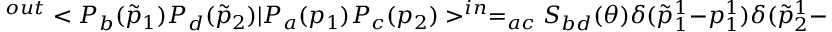
^ { o u t } < P _ { b } ( \tilde { p } _ { 1 } ) P _ { d } ( \tilde { p } _ { 2 } ) | P _ { a } ( p _ { 1 } ) P _ { c } ( p _ { 2 } ) > ^ { i n } = _ { a c } S _ { b d } ( \theta ) \delta ( \tilde { p } _ { 1 } ^ { 1 } - p _ { 1 } ^ { 1 } ) \delta ( \tilde { p } _ { 2 } ^ { 1 } - p _ { 2 } ^ { 1 } ) - _ { a c } S _ { d b } ( \theta ) \delta ( \tilde { p } _ { 1 } ^ { 1 } - p _ { 2 } ^ { 1 } ) \delta ( \tilde { p } _ { 2 } ^ { 1 } - p _ { 1 } ^ { 1 } ) .